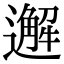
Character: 邂